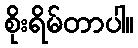
စိုးရိမ်တာပါ။